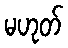
မဟုတ်